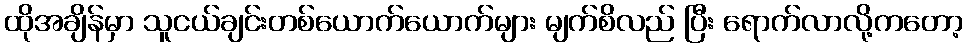
ထိုအချိန်မှာ သူငယ်ချင်းတစ်ယောက်ယောက်များ မျက်စိလည် ပြီး ရောက်လာလို့ကတော့